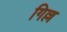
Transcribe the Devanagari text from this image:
गिल्ल